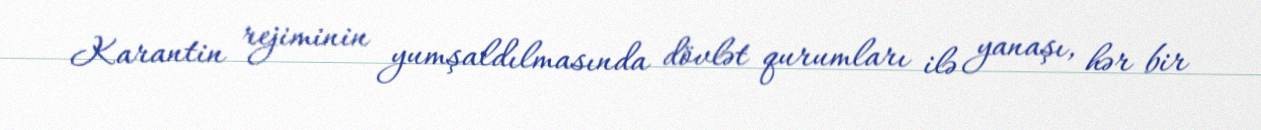
Karantin rejiminin yumşaldılmasında dövlət qurumları ilə yanaşı, hər bir